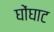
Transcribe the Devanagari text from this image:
घोंघाट